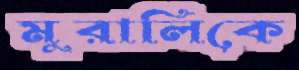
মুরালিকে